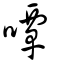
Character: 嘾